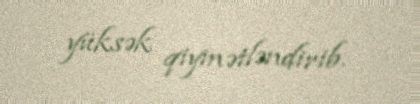
yüksək qiymətləndirib.